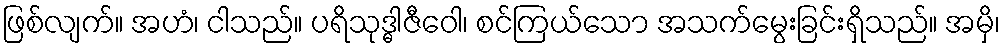
ဖြစ်လျက်။ အဟံ၊ ငါသည်။ ပရိသုဒ္ဓါဇီဝေါ၊ စင်ကြယ်သော အသက်မွေးခြင်းရှိသည်။ အမှိ၊